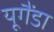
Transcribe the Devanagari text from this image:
यूगैंडा